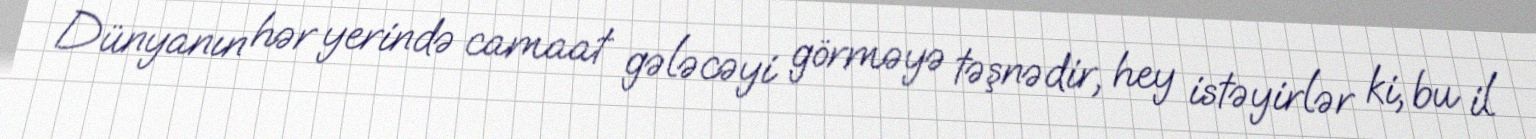
Dünyanın hər yerində camaat gələcəyi görməyə təşnədir, hey istəyirlər ki, bu il